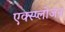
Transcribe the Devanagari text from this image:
एक्स्प्लोजन